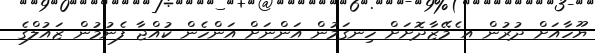
ޔޫހާއަށް ދުރުން އ ެމޭޒާދޮށަށް ހިނގަމުން އަންނަށް އަންހެން ކުއްޖާ ފެނުމުން ޒައުލްގެ